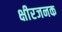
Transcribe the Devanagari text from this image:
क्षीरजनक